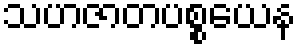
သဟဇာတပစ္စယေန